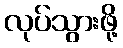
လုပ်သွားဖို့